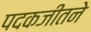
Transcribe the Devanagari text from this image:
पदकजीतने